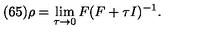
( 6 5 ) \rho = \lim _ { \tau \rightarrow 0 } F ( F + \tau I ) ^ { - 1 } .